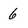
Character: 6